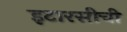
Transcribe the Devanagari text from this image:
इटारसीची